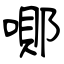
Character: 鄖